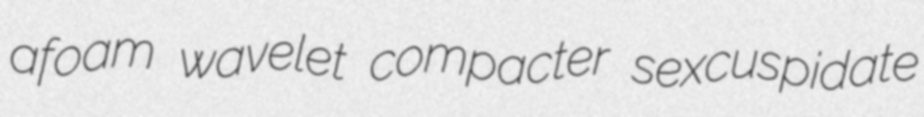
afoam wavelet compacter sexcuspidate